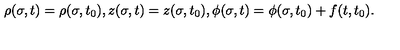
\rho ( \sigma , t ) = \rho ( \sigma , t _ { 0 } ) , z ( \sigma , t ) = z ( \sigma , t _ { 0 } ) , \phi ( \sigma , t ) = \phi ( \sigma , t _ { 0 } ) + f ( t , t _ { 0 } ) .